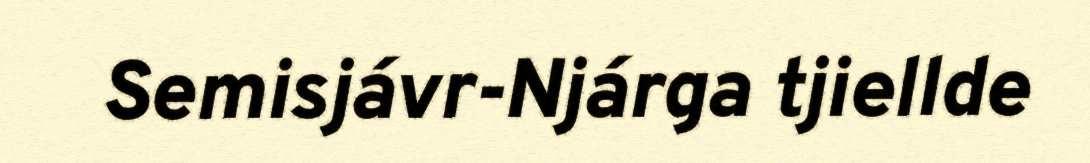
Semisjávr-Njárga tjiellde